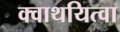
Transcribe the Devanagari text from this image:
क्वाथयित्वा